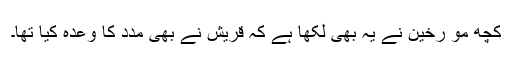
کچھ مو رخین نے یہ بھی لکھا ہے کہ قریش نے بھی مدد کا وعدہ کیا تھا۔